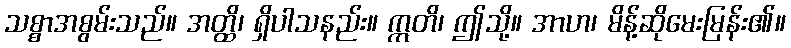
သစ္စာအစွမ်းသည်။ အတ္ထိ၊ ရှိပါသနည်း။ ဣတိ၊ ဤသို့။ အာဟ၊ မိန့်ဆိုမေးမြန်း၏။